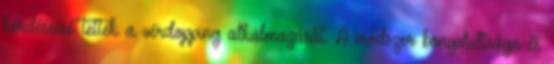
kérdésessé tették a vérdopping alkalmazását. A módszer bonyolultsága és